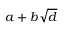
a + b { \sqrt { d } }